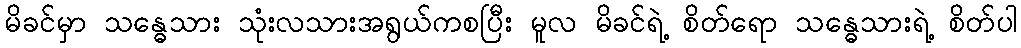
မိခင်မှာ သန္ဓေသား သုံးလသားအရွယ်ကစပြီး မူလ မိခင်ရဲ့ စိတ်ရော သန္ဓေသားရဲ့ စိတ်ပါ